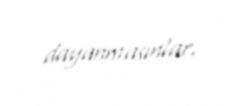
dayanmasınlar.